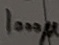
Text: 1000µ